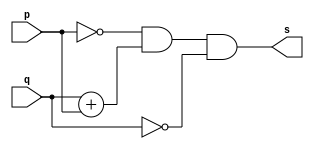
// Nome: Matheus Filipe Sieiro Vargas
module xorgate (output s , input p , input q);
assign s = ~p&q + p&~q;
endmodule

module testexorgate;
reg a,b;
wire s;

xorgate nor1 (s,a,b);
initial begin 
a=0;
b=0;
end
initial begin
$display("blabla");
$monitor("%b | %b = %b",a,b,s);
#1 a=0;b=1;

#1 a=1;b=0;

#1 a=1;b=1;

end 

endmodule